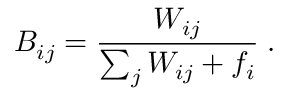
B _ { i j } = \frac { W _ { i j } } { \sum _ { j } W _ { i j } + f _ { i } } \; .